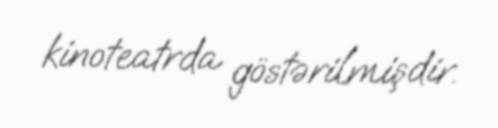
kinoteatrda göstərilmişdir.